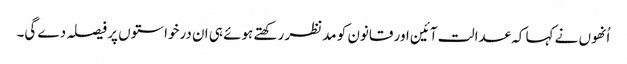
اُنھوں نے کہا کہ عدالت آئین اور قانون کو مدنظر رکھتے ہوئے ہی ان درخواستوں پر فیصلہ دے گی۔